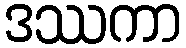
ဒဿကာ